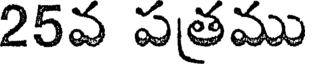
25వ పత్రము